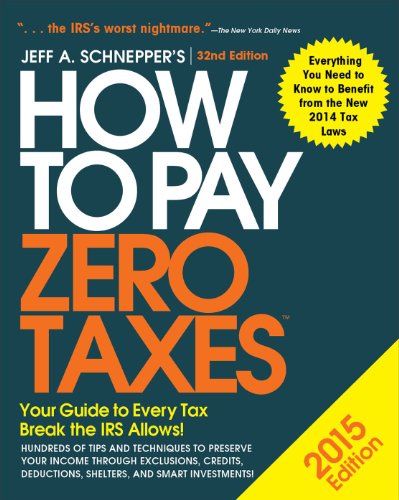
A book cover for How to Pay Zero Taxes 2015: Your Guide to Every Tax Break the IRS Allows; Jeff Schnepper; Business & Money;